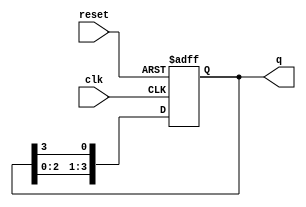
module ring_counter (
    input wire clk,        // Clock signal
    input wire reset,      // Asynchronous reset signal
    output reg [n-1:0] q   // Output state (n-bit)
);
    parameter n = 4;       // Number of bits in the ring counter (adjust as needed)

    always @(posedge clk or posedge reset) begin
        if (reset) begin
            q <= 1'b1;      // Initialize to '0001' state (can change based on requirement)
        end else begin
            q <= {q[n-2:0], q[n-1]}; // Shift left and wrap around
        end
    end
endmodule